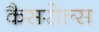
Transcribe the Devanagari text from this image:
कैसरोल्स